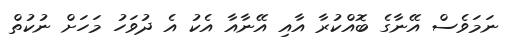
ނަމަވެސް އޭނާގެ ބޮއްކުރާ އާއި އޭނާއާ އެކު އެ ދުވަހު މަހަށް ނުކުތް